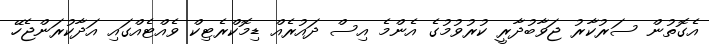
އެގޮތުން ސަރުކާރު ޖަވާބުދާރީ ކުރުވުމުގެ އެންމެ އިސް ދައުރެއް ޑިމޮކްރެޓިކް ވެއްޓެއްގައި އަދާކުރަންޖެހޭ